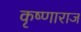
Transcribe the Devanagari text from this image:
कृष्णाराज